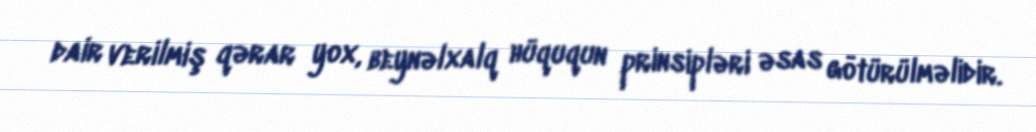
dair verilmiş qərar yox, beynəlxalq hüququn prinsipləri əsas götürülməlidir.